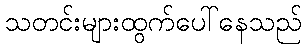
သတင်းများထွက်ပေါ်နေသည်